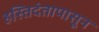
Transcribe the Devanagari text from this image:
हस्तिदंतापासून